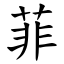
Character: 菲